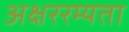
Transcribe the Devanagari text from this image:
अक्षररम्यता